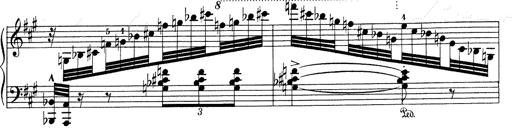
Title: Mephisto Waltz No.1
Composer: Franz Liszt